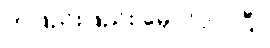
တဖြည်းဖြည်း မှောင်လာပြီ။